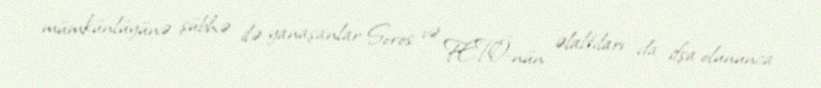
mümkünlüyünə şübhə ilə yanaşanlar Soros və FETÖ-nün əlaltıları da ifşa olununca